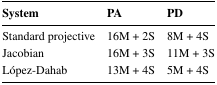
<table><thead><tr><td><b>System</b></td><td><b>PA</b></td><td><b>PD</b></td></tr></thead><tbody><tr><td>Standard projective</td><td>16M + 2S</td><td>8M + 4S</td></tr><tr><td>Jacobian</td><td>16M+3S</td><td>11M+3S</td></tr><tr><td>López-Dahab</td><td>13M+4S</td><td>5M+4S</td></tr></tbody></table>